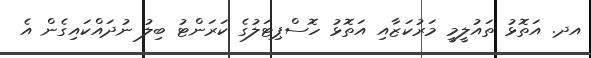
އދ. އަތޮޅު ތައުލީމީ މަރުކަޒާއި އަތޮޅު ހޮސްޕިޓަލުގެ ކަރަންޓު ބިލު ނުދައްކައިގެން އެ